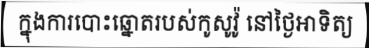
ក្នុងការបោះឆ្នោតរបស់កូសូវ៉ូ នៅថ្ងៃអាទិត្យ